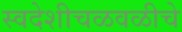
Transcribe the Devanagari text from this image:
स्वदेशीचळवळीचे